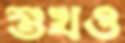
শুখও